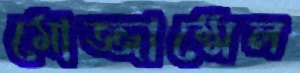
মোজ্জাম্মেল